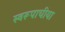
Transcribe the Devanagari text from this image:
स्वरूपाचीया